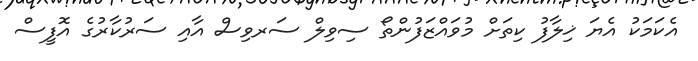
އެކަމަކު އެޔަަ ޚިލާފު ކިތަށް މުވައްޒަފުންތޯ ސިވިލް ސަރވިސް އާއި ސަރުކާރުގެ އޮފީސް